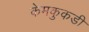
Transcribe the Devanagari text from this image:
केमकुकडी